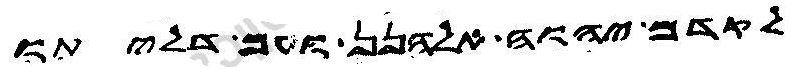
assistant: לקדם יהוה אלהנן ועם דליתו